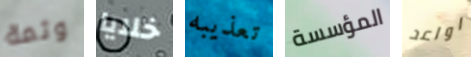
وثمة خلايا تعذيبه المؤسسة اواعد